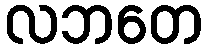
လဘတေ